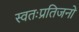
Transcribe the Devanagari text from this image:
स्वतःप्रतिजनों